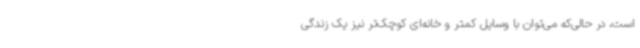
است، در حالی‌که می‌توان با وسایل کمتر و خانه‌ای کوچک‌تر نیز یک زندگی